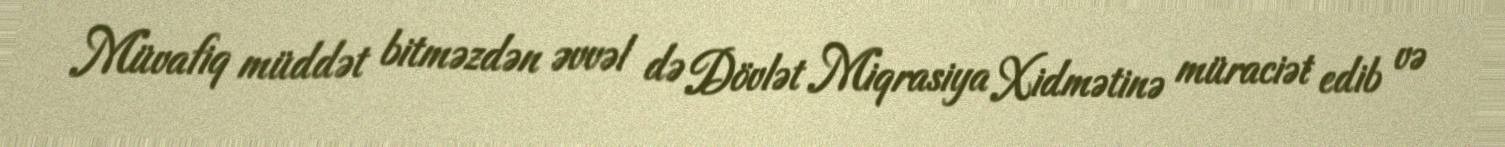
Müvafiq müddət bitməzdən əvvəl də Dövlət Miqrasiya Xidmətinə müraciət edib və